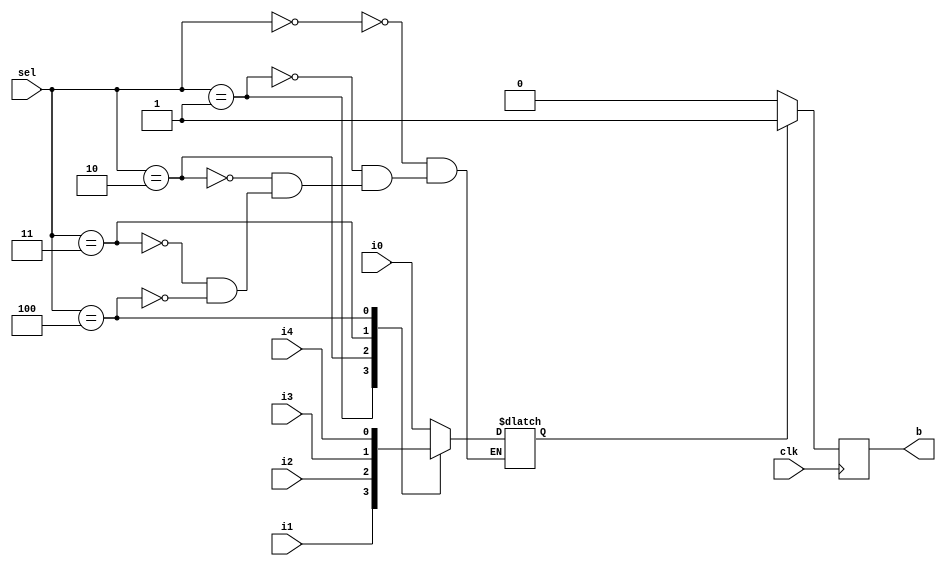
module test_mux(clk, i0,i1,i2,i3,i4,sel, b);
  input clk;
  input i0;
  input i1;
  input i2;
  input i3;
  input i4;
  input [2:0] sel;
  output b;
  
  reg b;
  reg a;

  always@(sel or i0 or i1 or i2 or i3 or i4) begin
    case(sel)
      0: a = i0;
      1: a = i1;
      2: a = i2;
      3: a = i3;
      4: a = i4;
    endcase
  end

  always@(posedge clk)
    if(a)
      b <= 1;
    else
      b <= 0;
endmodule